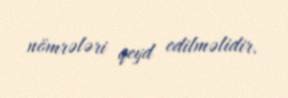
nömrələri qeyd edilməlidir.